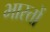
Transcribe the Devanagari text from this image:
भारतों